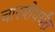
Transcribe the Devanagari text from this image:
चारशेपर्यंत